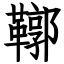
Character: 鞹